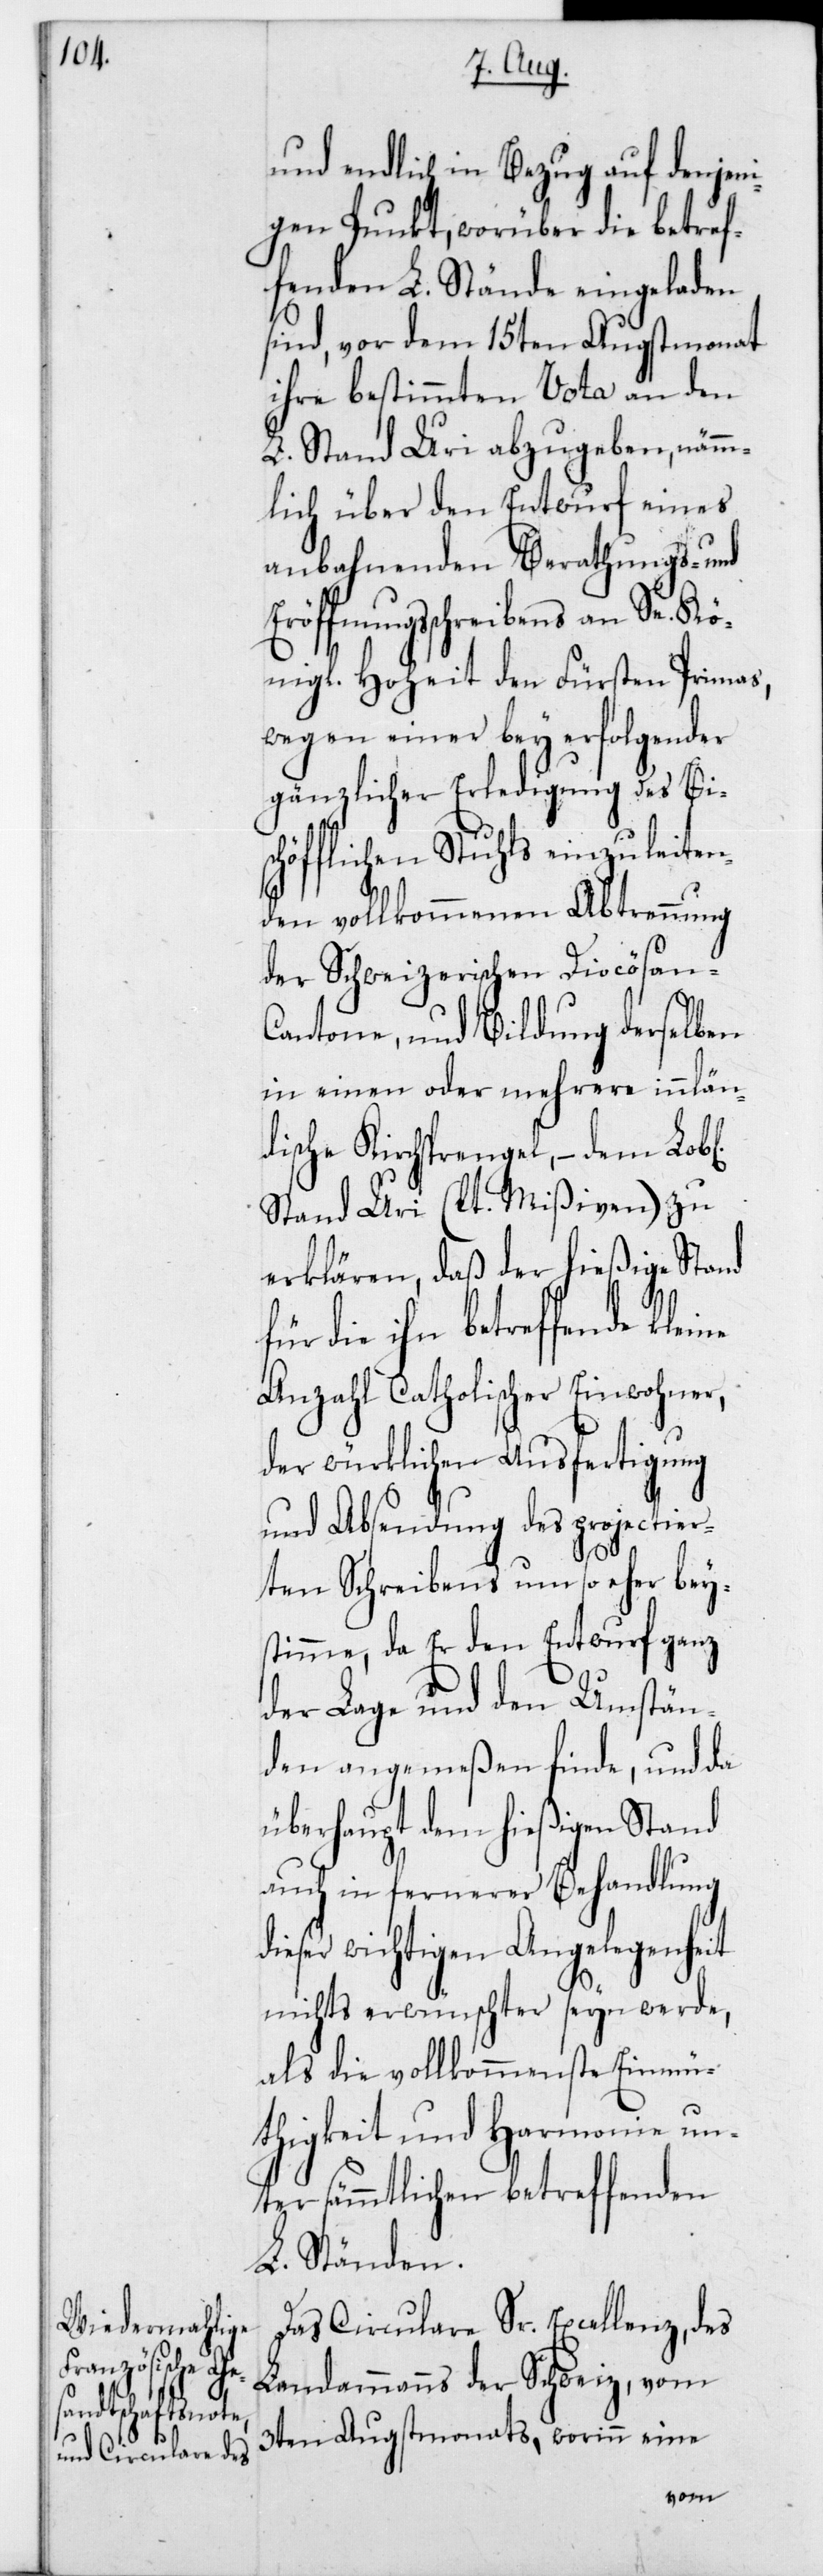
und endlich in Bezug auf denjeni¬
gen Punkt, worüber die betref¬
fenden L. Stände eingeladen
sind, vor dem 15ten Augstmonat
ihre bestimmten Vota an den
L. Stand Uri abzugeben, nämm¬
lich über den Entwurf eines
anbahnenden Berathungs- und
öffnungsschreibens an Se. Kö¬
nigliche Hoheit den Fürsten Primas,
wegen einer bey erfolgender
gänzlicher Erledigung des Bi¬
schöflichen Stuhls einzuleiten¬
ine
den vollkommenen Abtrennung
der schweizerischen Diocösan-C¬
antone, und Bildung derselben
in einen oder mehrere inlän¬
dische Kirchsprengel, – dem Lob[l¬
Stand Uri (lt. Mißiven) zu
erklären, daß der hießigeStand
für die ihn betreffende kle¬
Anzahl Catholischer Einwohner,
der würklichen Ausfertigung
und Absendung des projectier¬
ten Schreibens um so eher bey¬
stimme, da Er den Entwurf ganz
der Lage und den Umstän¬
den angemeßen finde, und da
überhaupt dem hießigenStand
auch in fernerer Behandlung
dieser wichtigen Angelegenheit
nichts erwünschter seyn werde,
als die vollkommenste Einmü¬
thigkeit und Harmonie un¬
ter sämmtlichen betreffenden
L. Ständen.
Das Circulare Sr. Excellenz,des
Landammanns der Schweiz vom
3ten Augstmonats, worinn eine
hen]